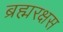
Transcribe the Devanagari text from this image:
ब्रह्मरक्षस